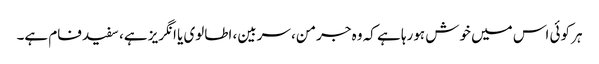
ہر کوئی اس میں خوش ہورہا ہے کہ وہ جرمن، سربین، اطالوی یا انگریز ہے، سفید فام ہے۔